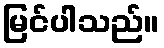
မြင်ပါသည်။